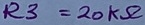
Text: R3=20KΩ